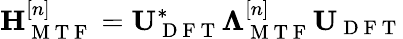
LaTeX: \mathbf{H}_{\mathrm{~M~T~F~}}^{[n]}=\mathbf{U}_{\mathrm{~D~F~T~}}^{*}\boldsymbol{\Lambda}_{\mathrm{~M~T~F~}}^{[n]}\mathbf{U}_{\mathrm{~D~F~T~}}